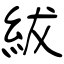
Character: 紱